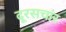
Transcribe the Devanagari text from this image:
दूरसचांर